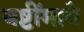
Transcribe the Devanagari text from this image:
यष्टींमागे